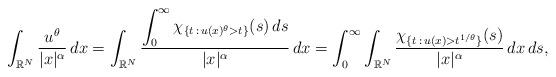
LaTeX: \begin{align*}\int_{\mathbb{R}^N} \frac{u^\theta}{|x|^\alpha}\, dx=\int_{\mathbb{R}^N} \frac{\displaystyle\int_0^\infty \chi_{\{t\,:\,u(x)^\theta>t\}}(s)\, ds}{|x|^\alpha}\, dx=\int_0^\infty \int_{\mathbb{R}^N} \frac{\chi_{\{t\,:\,u(x)>t^{1/\theta}\}}(s)}{|x|^\alpha}\, dx\, ds,\end{align*}